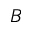
B